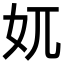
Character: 𡚲